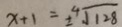
x + 1 = \pm \sqrt [ 4 ] { 1 2 8 }